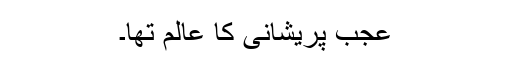
عجب پریشانی کا عالم تھا۔